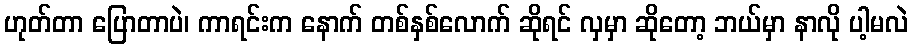
ဟုတ်တာ ပြောတာပဲ၊ ကာရင်းက နောက် တစ်နှစ်လောက် ဆိုရင် လှမှာ ဆိုတော့ ဘယ်မှာ နာလို ပါ့မလဲ